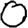
Digit: 0